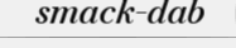
smack-dab